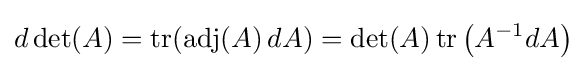
d\det(A)=\operatorname {tr} (\operatorname {adj} (A)\,dA)=\det(A)\operatorname {tr} \left(A^{-1}dA\right)